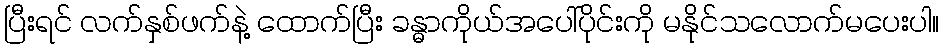
ပြီးရင် လက်နှစ်ဖက်နဲ့ ထောက်ပြီး ခန္ဓာကိုယ်အပေါ်ပိုင်းကို မနိုင်သလောက်မပေးပါ။